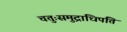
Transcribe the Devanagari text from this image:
चतुःसमुद्राधिपति